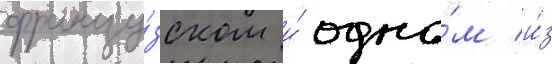
францу́зском и́ одно́м и́з